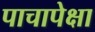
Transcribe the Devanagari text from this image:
पाचापेक्षा